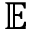
\mathbb { E }